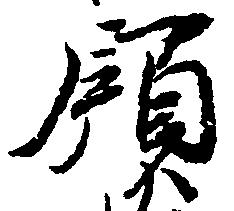
領